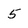
Character: 5